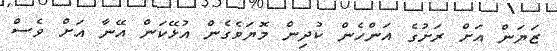
ޒަޔަން އަށް ރަށުގެ އަންހެން ކުދިން މޮޔަވެގެން އުޅޭކަން އޭނާ އަށް ވެސް